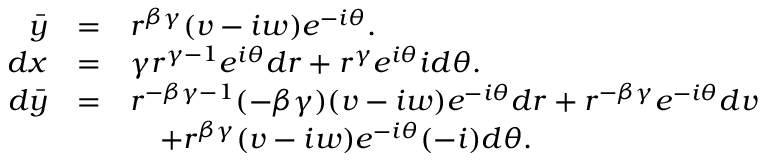
\begin{array} { r c l } { \bar { y } } & { = } & { r ^ { \beta \gamma } ( v - i w ) e ^ { - i \theta } . } \\ { d x } & { = } & { \gamma r ^ { \gamma - 1 } e ^ { i \theta } d r + r ^ { \gamma } e ^ { i \theta } i d \theta . } \\ { d \bar { y } } & { = } & { r ^ { - \beta \gamma - 1 } ( - \beta \gamma ) ( v - i w ) e ^ { - i \theta } d r + r ^ { - \beta \gamma } e ^ { - i \theta } d v } \\ & & { \quad + r ^ { \beta \gamma } ( v - i w ) e ^ { - i \theta } ( - i ) d \theta . } \end{array}